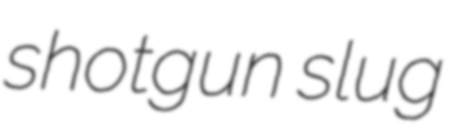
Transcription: shotgun slug